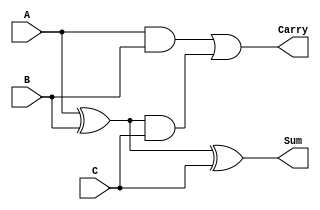
module ModifiedCarrySaveAdder #(
    parameter N = 8  // Parameterize the bit width
)(
    input  [N-1:0] A,  // First operand
    input  [N-1:0] B,  // Second operand
    input  [N-1:0] C,  // Third operand
    output [N-1:0] Sum, // Sum output
    output [N-1:0] Carry // Carry output
);

    // Internal intermediate signals for carry generation
    wire [N-1:0] carryAB, carryAC, carryBC; // Carry signals
    wire [N-1:0] sumAB; // Intermediate sum for A and B
    
    // Calculate Sum for A and B
    assign sumAB = A ^ B; // XOR for Sum
    assign carryAB = A & B; // AND for Carry
    
    // Calculate Sum and Carry for the result of A+B with C
    assign Sum = sumAB ^ C; // Final Sum with the third operand
    assign carryAC = sumAB & C; // Carry from (A+B) and C
    assign carryBC = carryAB | carryAC; // Combine carries
    
    // Final Carry output
    assign Carry = carryAB | carryAC; // Final Carry

endmodule